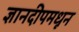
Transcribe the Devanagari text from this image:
ज्ञानदीपमधून